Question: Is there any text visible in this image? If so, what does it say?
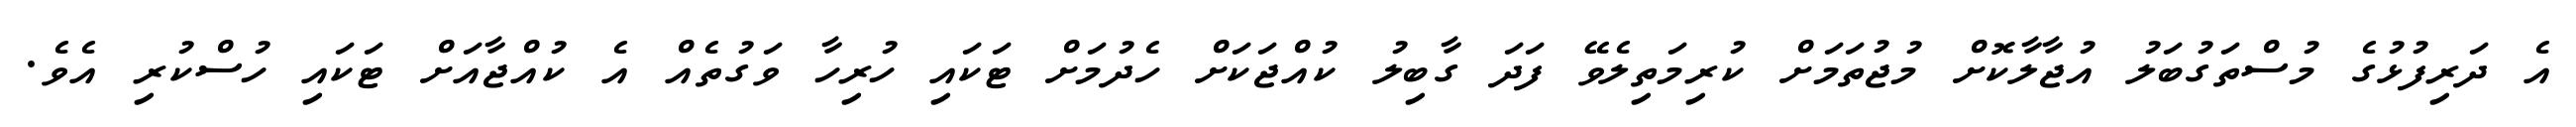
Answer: އެ ދަރިފުޅުގެ މުސްތަގުބަލު އުޖާލާކޮށް މުޖުތަމަށް ކުރިމަތިލެވޭ ފަދަ ގާބިލު ކުއްޖަކަށް ހެދުމަށް ޓަކައި ހުރިހާ ވަގުތެއް އެ ކުއްޖާއަށް ޓަކައި ހުސްކުރި އެވެ.